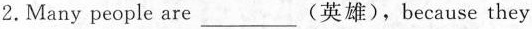
2.Many people are___(英雄), because they